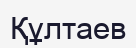
Құлтаев